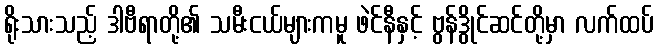
ရိုးသားသည့် ဒါဗီရာတို့၏ သမီးငယ်များကမူ ဖဲင်နီနှင့် ဗွန်ဒွိုင်ဆင်တို့မှာ လက်ထပ်